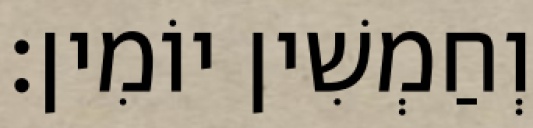
וְחַמְשִׁין יוֹמִין׃